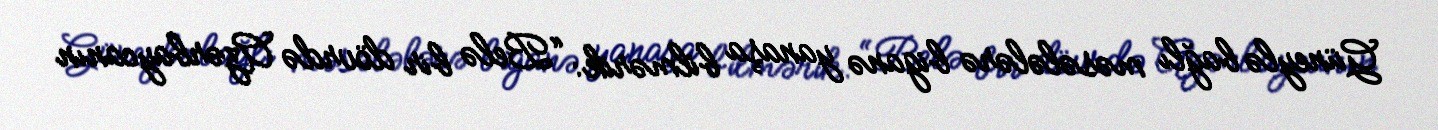
Güneylə bağlı məsələlərə biganə yanaşa bilmərik: “Belə bir dövrdə Azərbaycanın